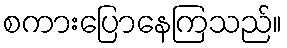
စကားပြောနေကြသည်။